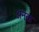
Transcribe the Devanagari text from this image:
अनंक